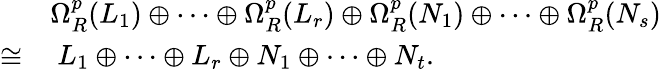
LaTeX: \begin{array}{rl}&{\Omega_{R}^{p}(L_{1})\oplus\cdots\oplus\Omega_{R}^{p}(L_{r})\oplus\Omega_{R}^{p}(N_{1})\oplus\cdots\oplus\Omega_{R}^{p}(N_{s})}\\ {\cong}&{\ L_{1}\oplus\cdots\oplus L_{r}\oplus N_{1}\oplus\cdots\oplus N_{t}.}\end{array}